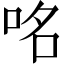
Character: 𠱷